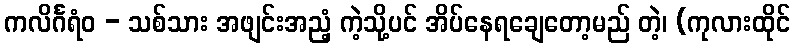
ကလိင်္ဂရံဝ - သစ်သား အဖျင်းအညံ့ ကဲ့သို့ပင် အိပ်နေရချေတော့မည် တဲ့၊ (ကုလားထိုင်